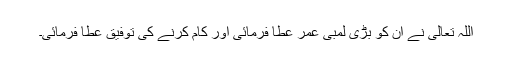
اللہ تعالیٰ نے ان کو بڑی لمبی عمر عطا فرمائی اور کام کرنے کی توفیق عطا فرمائی۔